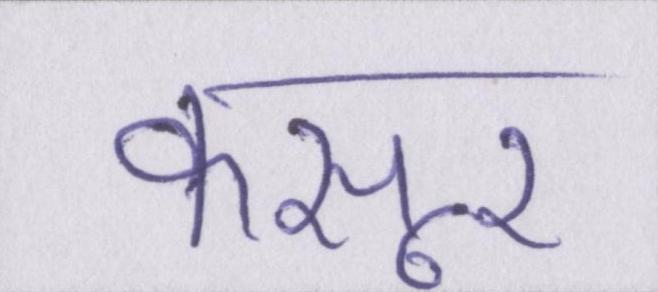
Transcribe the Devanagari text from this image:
कसूर